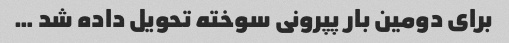
برای دومین بار پپرونی سوخته تحویل داده شد …